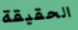
الحقيقة